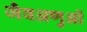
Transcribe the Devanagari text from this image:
जैवअणुओं